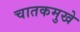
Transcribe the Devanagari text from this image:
चातकमुखे